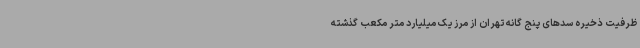
ظرفیت ذخیره سدهای پنج گانه تهران از مرز یک میلیارد متر مکعب گذشته